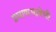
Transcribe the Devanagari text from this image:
प्रमाणभाषेची